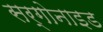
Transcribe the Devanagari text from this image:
सर्गोनाइड